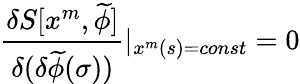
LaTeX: \frac{\delta S[x^{m},\widetilde{\phi}]}{\delta(\delta\widetilde{\phi}(\sigma))}|_{x^{m}(s)=const}=0